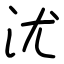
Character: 沋